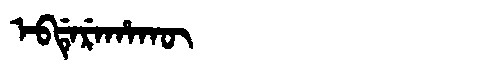
Manchu: ᡝᠪᡩᡝᡵᡝᡥᠠᡴᡡ
Romanization: EBDEREHAKŪ